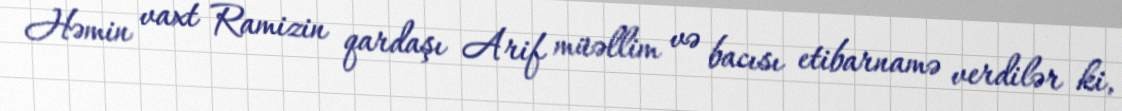
Həmin vaxt Ramizin qardaşı Arif müəllim və bacısı etibarnamə verdilər ki,